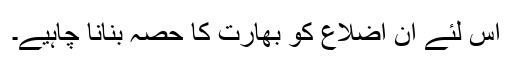
اس لئے ان اضلاع کو بھارت کا حصہ بنانا چاہیے۔